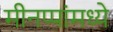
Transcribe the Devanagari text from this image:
मीनप्पांमध्ये